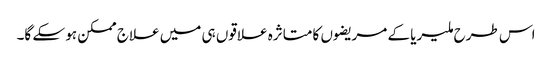
اس طرح ملیریا کے مریضوں کا متاثرہ علاقوں ہی میں علاج ممکن ہو سکے گا۔